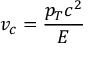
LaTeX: v _ { c } = { \frac { p _ { T } c ^ { 2 } } { E } }